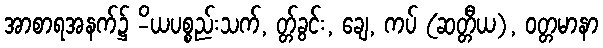
အာစာရအနက်၌ -ိယပစ္စည်းသက်, တ္တ်ခွင်း, ချေ, ကပ် (ဆတ္တီယ), ဝတ္တမာနာ